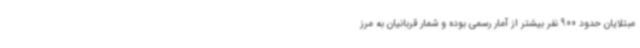
مبتلایان حدود 900 نفر بیشتر از آمار رسمی بوده و شمار قربانیان به مرز